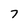
Character: 7